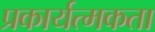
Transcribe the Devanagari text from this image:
प्रकार्यत्मकता